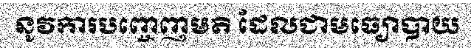
នូវការបញ្ចេញមតិ ដែលជាមធ្យោបាយ